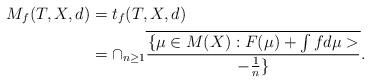
LaTeX: \begin{align*}M_f(T,X,d)&=t_f(T,X,d)\\&=\cap_{n\geq 1} \overline{\{\mu \in M(X): F(\mu)+\int fd\mu >\over-\frac{1}{n}\}}.\end{align*}